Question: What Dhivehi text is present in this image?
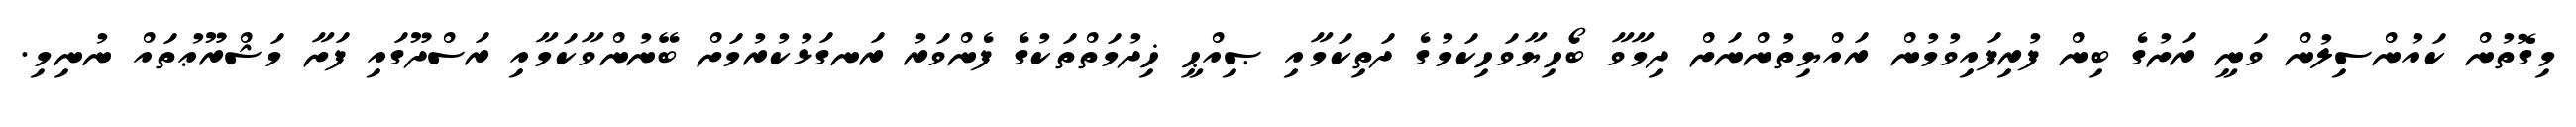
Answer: މިގޮތުން ކައުންސިލުން ވަނީ ރަށުގެ ބިން ފުރިފައިވުމުން ރައްޔިތުންނަށް ދިމާވާ ބޯހިޔާވަހިކަމުގެ ދަތިކަމާއި ޞިއްޙީ ޚިދުމަތްތަކުގެ ފެންވަރު ރަނގަޅުކުރުމަށް ބޭނުންވާކަމާއި ރަސްދޫގައި ފަށާ މަޝްރޫޢުތައް ނުނިމި.